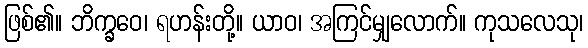
ဖြစ်၏။ ဘိက္ခဝေ၊ ရဟန်းတို့။ ယာဝ၊ အကြင်မျှလောက်။ ကုသလေသု၊